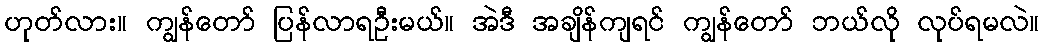
ဟုတ်လား။ ကျွန်တော် ပြန်လာရဦးမယ်။ အဲဒီ အချိန်ကျရင် ကျွန်တော် ဘယ်လို လုပ်ရမလဲ။